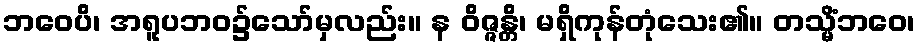
ဘဝေပိ၊ အရူပဘဝ၌သော်မှလည်း။ န ဝိဇ္ဇန္တိ၊ မရှိကုန်တုံသေး၏။ တသ္မိံဘဝေ၊